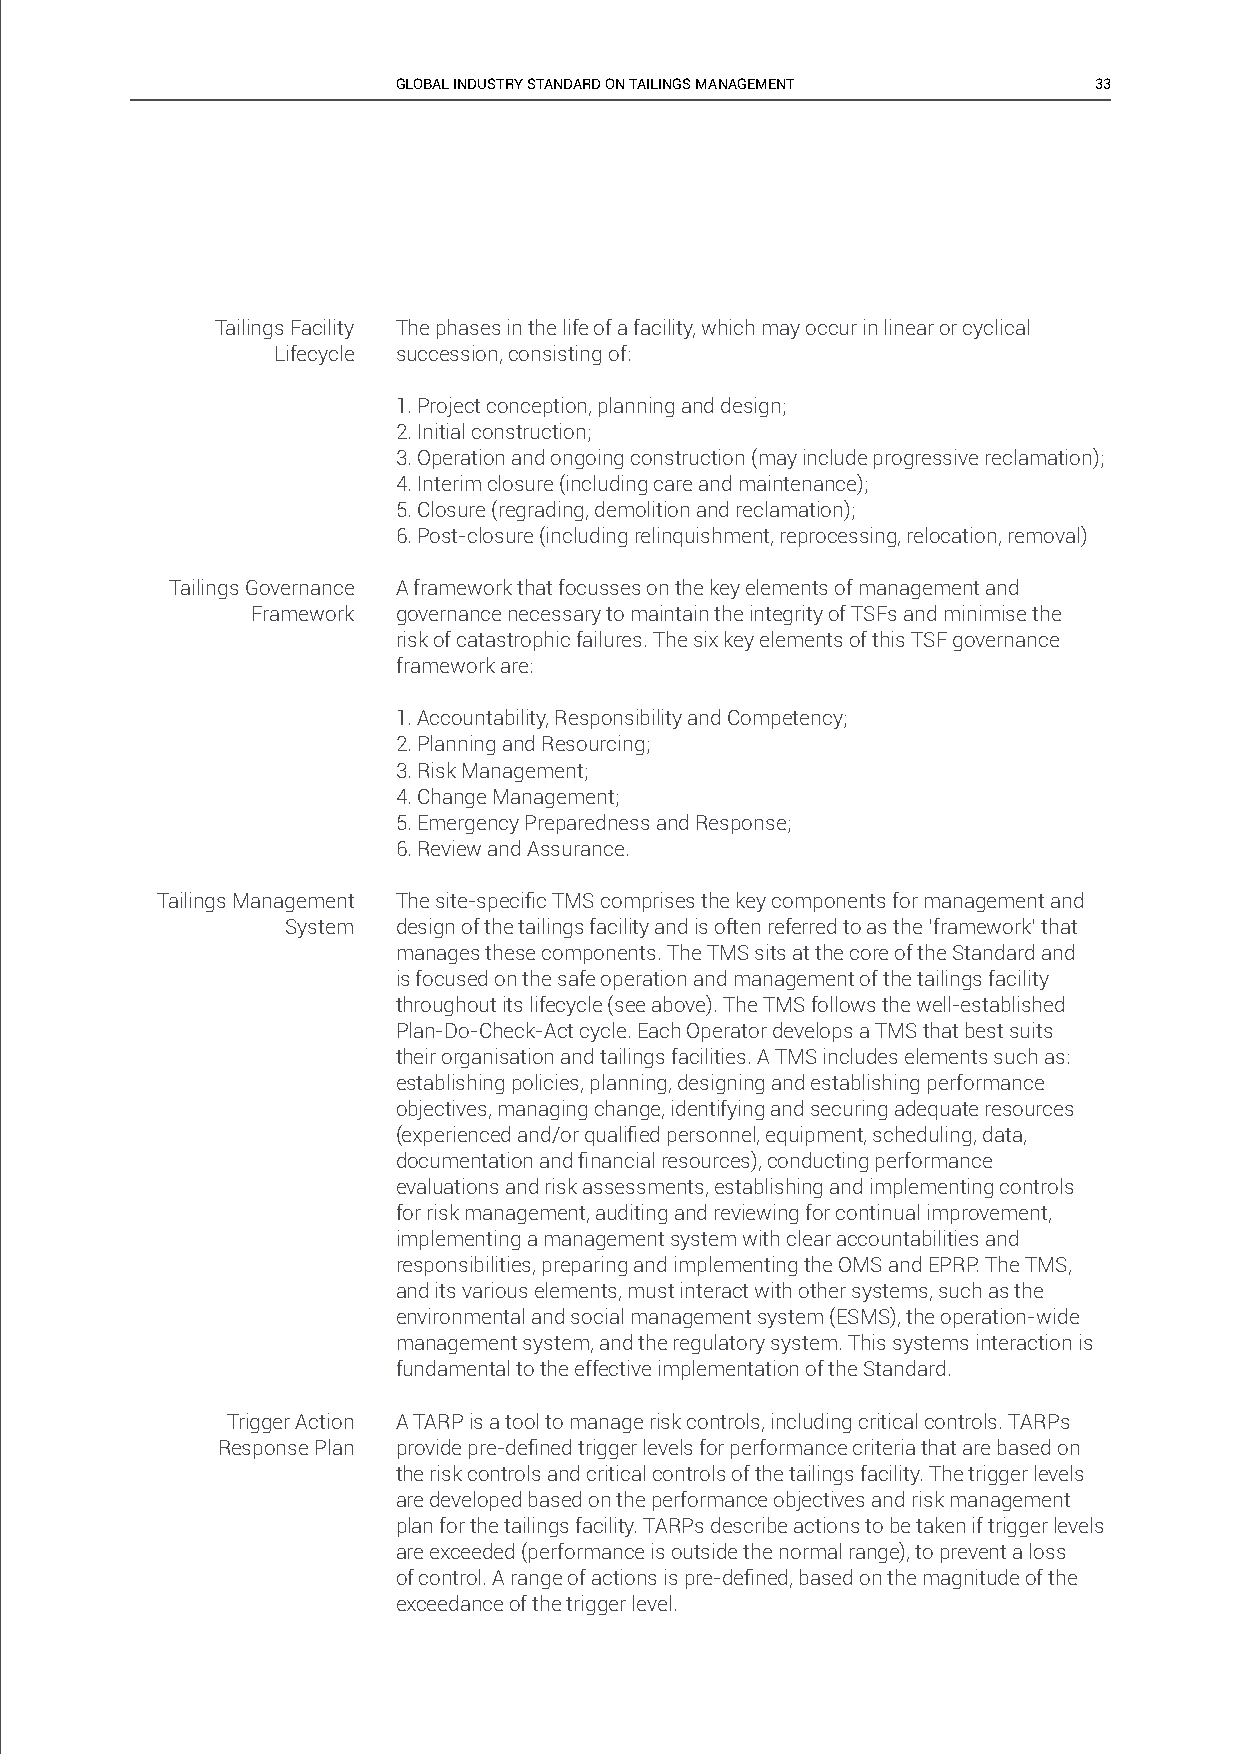
GLOBAL INDUSTRY STANDARD ON TAILINGS MANAGEMENT 33
 Tailings Facility The phases in the life of a facility, which may occur in linear or cyclical
 Lifecycle succession, consisting of:
 1. Project conception, planning and design;
 2. Initial construction;
 3. Operation and ongoing construction (may include progressive reclamation);
 4. Interim closure (including care and maintenance);
 5. Closure (regrading, demolition and reclamation);
 6. Post-closure (including relinquishment, reprocessing, relocation, removal)
 Tailings Governance A framework that focusses on the key elements of management and
 Framework governance necessary to maintain the integrity of TSFs and minimise the
 risk of catastrophic failures. The six key elements of this TSF governance
 framework are:
 1. Accountability, Responsibility and Competency;
 2. Planning and Resourcing;
 3. Risk Management;
 4. Change Management;
 5. Emergency Preparedness and Response;
 6. Review and Assurance.
 Tailings Management The site-specifi c TMS comprises the key components for management and
 System design of the tailings facility and is often referred to as the ‘framework’ that
 manages these components. The TMS sits at the core of the Standard and
 is focused on the safe operation and management of the tailings facility
 throughout its lifecycle (see above). The TMS follows the well-established
 Plan-Do-Check-Act cycle. Each Operator develops a TMS that best suits
 their organisation and tailings facilities. A TMS includes elements such as:
 establishing policies, planning, designing and establishing performance
 objectives, managing change, identifying and securing adequate resources
 (experienced and/or qualifi ed personnel, equipment, scheduling, data,
 documentation and fi nancial resources), conducting performance
 evaluations and risk assessments, establishing and implementing controls
 for risk management, auditing and reviewing for continual improvement,
 implementing a management system with clear accountabilities and
 responsibilities, preparing and implementing the OMS and EPRP. The TMS,
 and its various elements, must interact with other systems, such as the
 environmental and social management system (ESMS), the operation-wide
 management system, and the regulatory system. This systems interaction is
 fundamental to the effective implementation of the Standard.
 Trigger Action A TARP is a tool to manage risk controls, including critical controls. TARPs
 Response Plan provide pre-defi ned trigger levels for performance criteria that are based on
 the risk controls and critical controls of the tailings facility. The trigger levels
 are developed based on the performance objectives and risk management
 plan for the tailings facility. TARPs describe actions to be taken if trigger levels
 are exceeded (performance is outside the normal range), to prevent a loss
 of control. A range of actions is pre-defi ned, based on the magnitude of the
 exceedance of the trigger level.